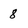
Character: 8